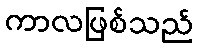
ကာလဖြစ်သည်